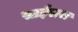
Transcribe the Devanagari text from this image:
साईराज